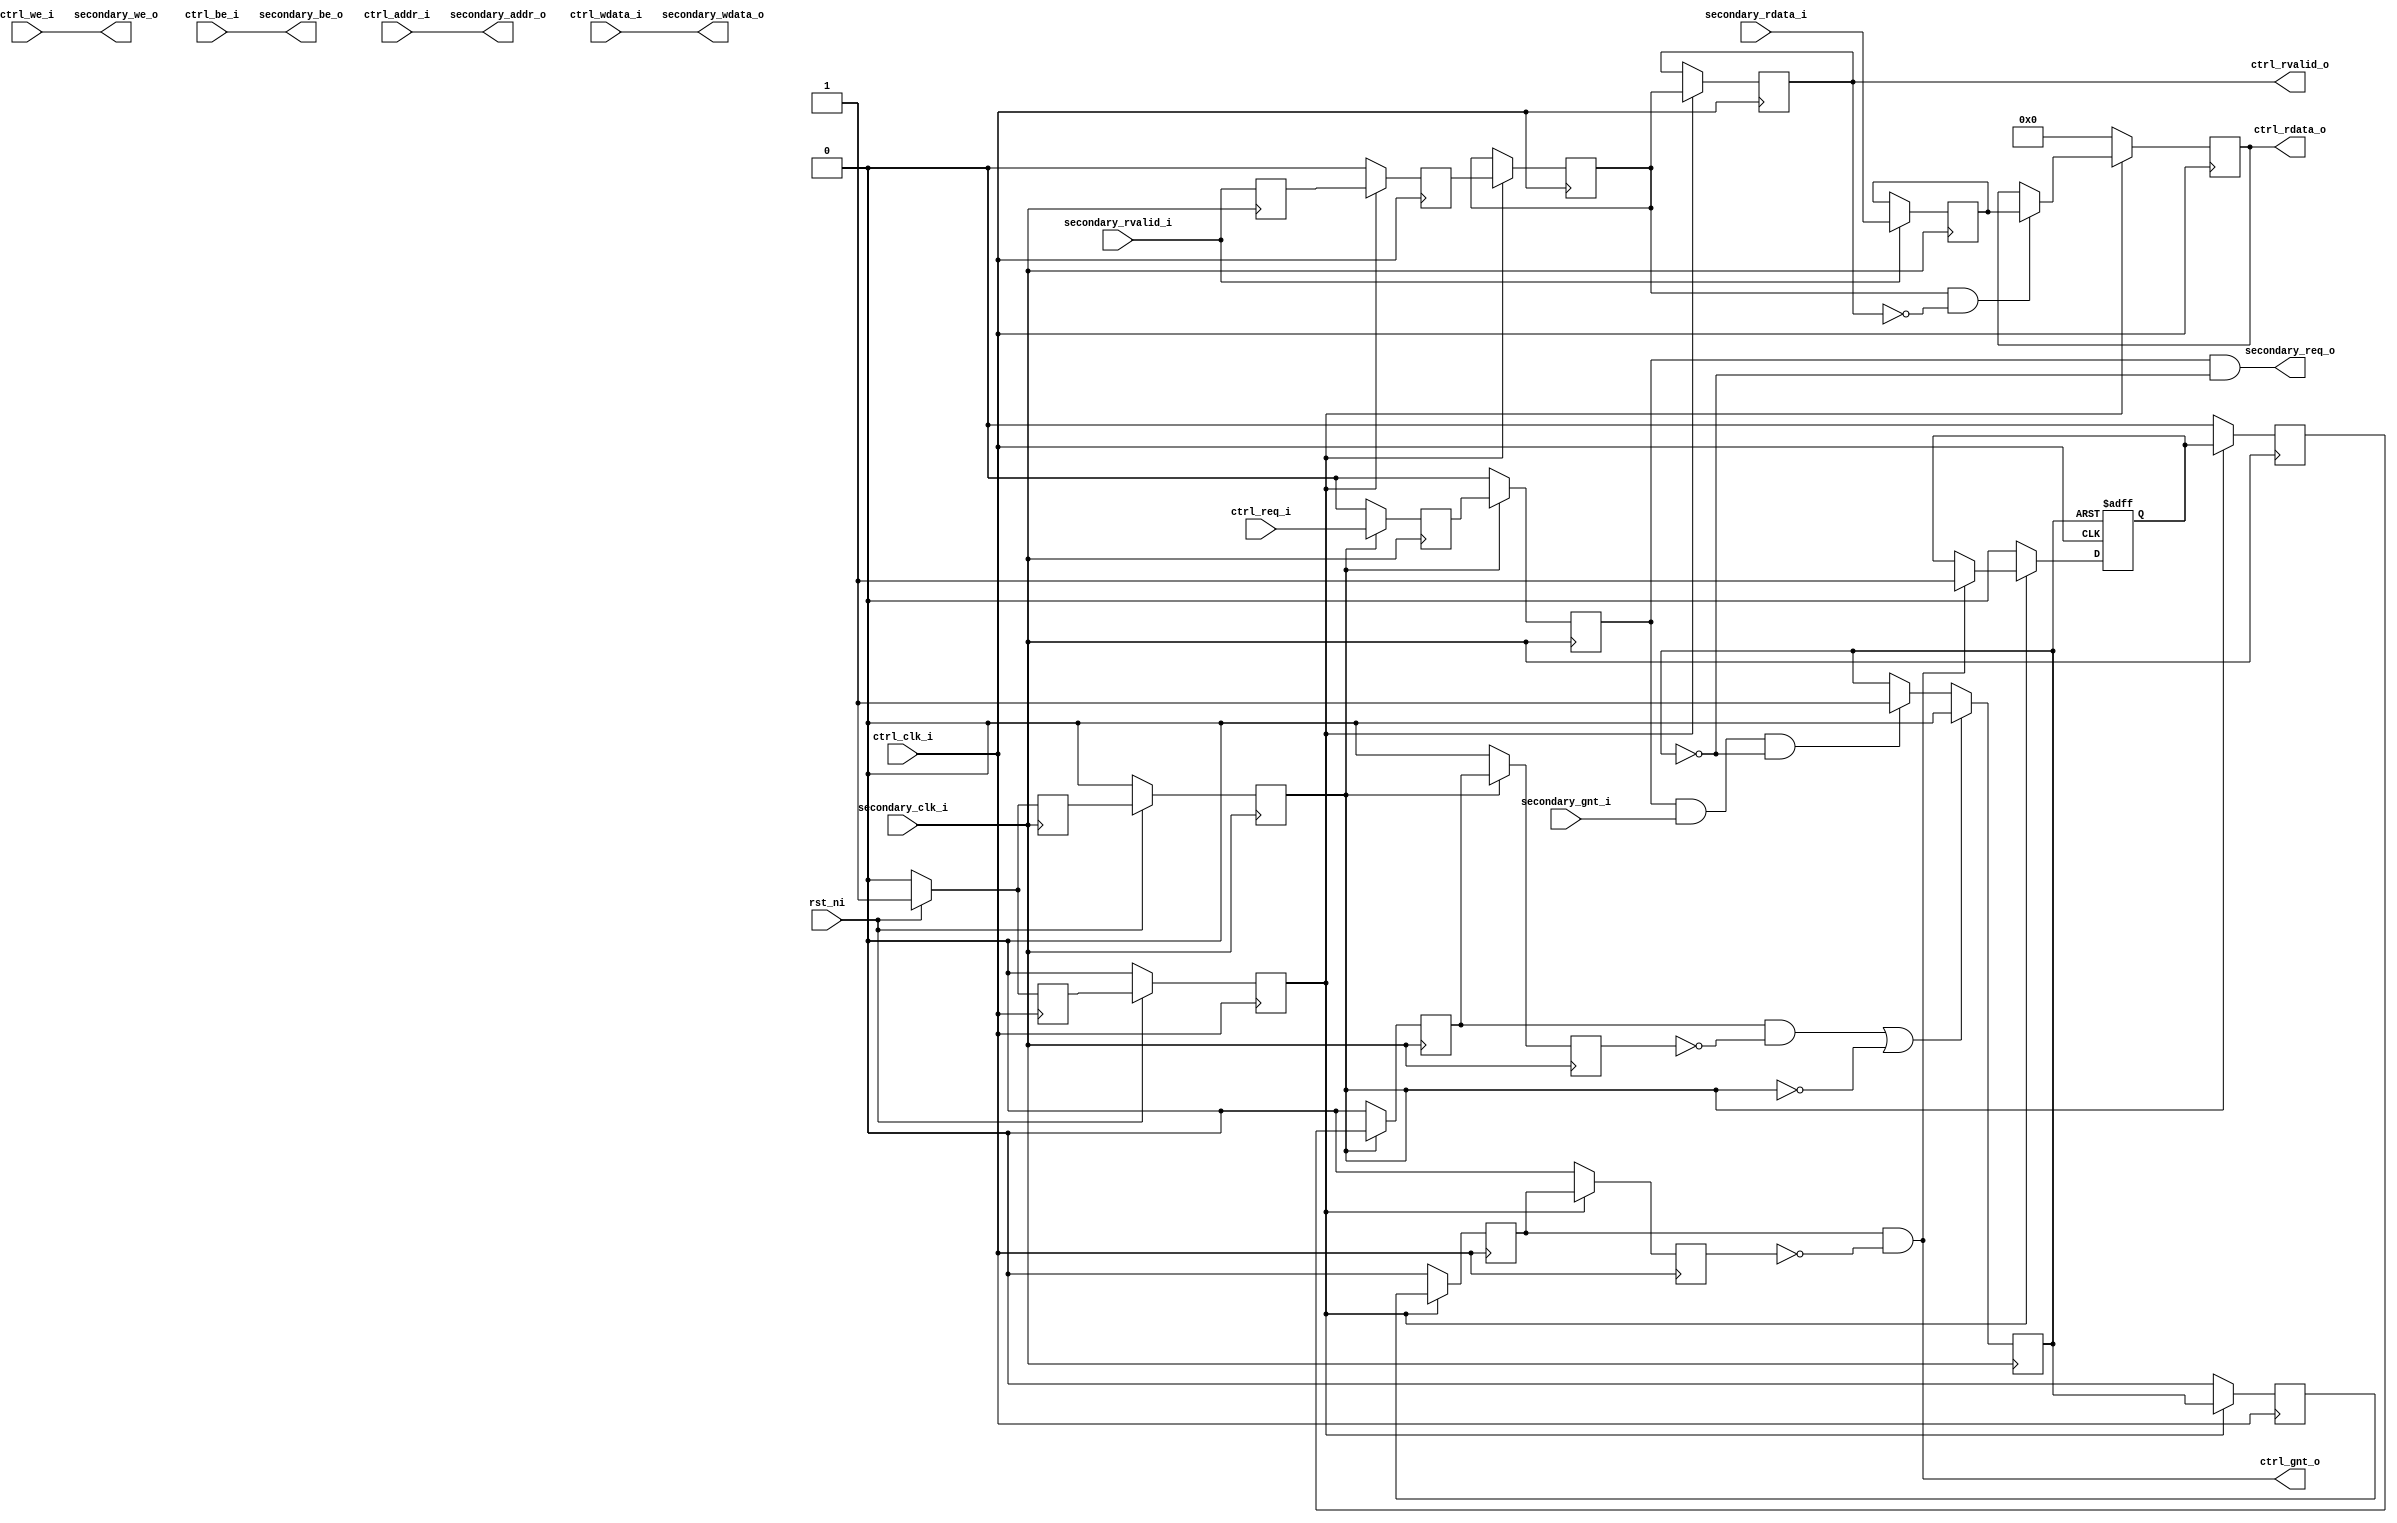
`timescale 1ns/1ps
///////////////////////////////////////////////////////////////////////////////
//
// Module Name: obi_cdc_fast_primary
//
// Description: This Open Bus Interface (OBI) clock domain crossing (CDC)
//              supports a single operation at a time with no pipelining. 
//              It only works for scenarios where the primary controller's
//              clock domain is as fast or faster than the secondary device's
//              clock domain.
//
// SPDX-License-Identifier: Apache-2.0
//
///////////////////////////////////////////////////////////////////////////////

module obi_cdc_fast_primary (
    input               rst_ni,

    // Controller (Primary) OBI interface
    input               ctrl_clk_i,
    input               ctrl_req_i,
    output wire         ctrl_gnt_o,
    input        [31:0] ctrl_addr_i,
    input               ctrl_we_i,
    input        [3:0]  ctrl_be_i,
    input        [31:0] ctrl_wdata_i,
    output wire         ctrl_rvalid_o,
    output reg   [31:0] ctrl_rdata_o,

    // Peripheral (Secondary) OBI interface
    input               secondary_clk_i,
    output wire         secondary_req_o,
    input               secondary_gnt_i,
    output wire  [31:0] secondary_addr_o,
    output wire         secondary_we_o,
    output wire  [3:0]  secondary_be_o,
    output wire  [31:0] secondary_wdata_o,
    input               secondary_rvalid_i,
    input        [31:0] secondary_rdata_i
);
    
    reg gnt_in_flight,
        req_ff1, req_ff2,
        rvalid_buff, rvalid_ff1, rvalid_ff2, rvalid_ff3,
        gnt_ack, gnt_ack_ff1, gnt_ack_ff2, gnt_ack_ff3,
        gnt_ff1, gnt_ff2, gnt_ff3,
        rst_n_ctrl_ff1, rst_n_ctrl_ff2,
        rst_n_secondary_ff1, rst_n_secondary_ff2;

    reg [31:0] rdata_buff;

    /////////////////////////
    // Transaction Tracker //
    /////////////////////////

    /* This module must account for the latency between a transaction being
       acccepted by the secondary bus and the primary bus receiving a grant. */

    /* verilator lint_off SYNCASYNCNET */
    /* The above warning is intended to protect agains mixing sync and
       async reset signals, as a coding style. gnt_in_flight is not used in
       this way, so the warning is inappropriate. */

    always @(posedge secondary_clk_i) begin
        if ((gnt_ack_ff2 && !gnt_ack_ff3) || !rst_n_secondary_ff2)
            gnt_in_flight <= 'b0;
        else if (req_ff2 && secondary_gnt_i && !gnt_in_flight)
            gnt_in_flight <= 'b1;
    end

    always @(posedge ctrl_clk_i or negedge gnt_in_flight) begin
        if(!gnt_in_flight)
            gnt_ack <= 'b0;
        else if(!rst_n_ctrl_ff2)
            gnt_ack <= 'b0;
        else if(gnt_ff2 && !gnt_ff3)
            gnt_ack <= 'b1;
    end

    /* verilator lint_on SYNCASYNCNET */

    always @(posedge secondary_clk_i) begin
        if (!rst_n_secondary_ff2) begin
            gnt_ack_ff1 <= 'b0;
            gnt_ack_ff2 <= 'b0;
            gnt_ack_ff3 <= 'b0;
        end else begin
            gnt_ack_ff3 <= gnt_ack_ff2;
            gnt_ack_ff2 <= gnt_ack_ff1;
            gnt_ack_ff1 <= gnt_ack;
        end
    end

    ///////////////////////////
    // Secondary bus outputs //
    ///////////////////////////

    assign secondary_addr_o  = ctrl_addr_i;
    assign secondary_we_o    = ctrl_we_i;
    assign secondary_be_o    = ctrl_be_i;
    assign secondary_wdata_o = ctrl_wdata_i;
    assign secondary_req_o   = req_ff2 && !gnt_in_flight;

    always @(posedge secondary_clk_i) begin
        if (!rst_n_secondary_ff2) begin
            req_ff2 <= 'b0;
            req_ff1 <= 'b0;
        end else begin
            req_ff2 <= req_ff1;
            req_ff1 <= ctrl_req_i; 
        end
    end

    /////////////////////////
    // Primary bus outputs //
    /////////////////////////

    assign ctrl_gnt_o = gnt_ff2 && !gnt_ff3;
    assign ctrl_rvalid_o = rvalid_ff3;

    always @(posedge secondary_clk_i) begin
        if (secondary_rvalid_i) begin
            rdata_buff <= secondary_rdata_i;
        end
        rvalid_buff <= secondary_rvalid_i;
    end

    always @(posedge ctrl_clk_i) begin
        if (!rst_n_ctrl_ff2) begin
            gnt_ff3       <= 'b0;
            gnt_ff2       <= 'b0;
            gnt_ff1       <= 'b0;
            rvalid_ff1    <= 'b0;
            ctrl_rdata_o  <= 'b0;
        end else begin
            gnt_ff3       <= gnt_ff2;
            gnt_ff2       <= gnt_ff1;
            gnt_ff1       <= gnt_in_flight;
            rvalid_ff3    <= rvalid_ff2;
            rvalid_ff2    <= rvalid_ff1;
            rvalid_ff1    <= rvalid_buff;
            if (rvalid_ff2 && !rvalid_ff3)
                ctrl_rdata_o <= rdata_buff;
        end
    end

    /////////////////////////
    // Reset Synchronizers //
    /////////////////////////

    always @(posedge ctrl_clk_i) begin
        if (!rst_ni) begin
            rst_n_ctrl_ff2 <= 'b0;
            rst_n_ctrl_ff1 <= 'b0;
        end else begin
            rst_n_ctrl_ff2 <= rst_n_ctrl_ff1;
            rst_n_ctrl_ff1 <= 'b1;
        end
    end

    always @(posedge secondary_clk_i) begin
        if (!rst_ni) begin
            rst_n_secondary_ff2 <= 'b0;
            rst_n_secondary_ff1 <= 'b0;
        end else begin
            rst_n_secondary_ff2 <= rst_n_secondary_ff1;
            rst_n_secondary_ff1 <= 'b1;
        end
    end

endmodule